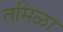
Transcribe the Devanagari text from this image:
तमिळा